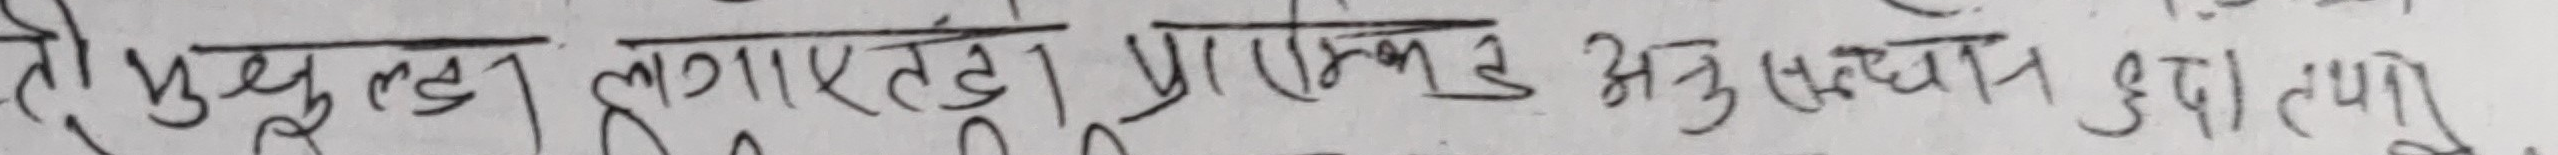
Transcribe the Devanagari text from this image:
ती भुतल लागतडी प्रारम्भ अनुसुचन द्वारा गरिने